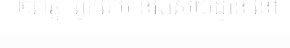
២៣ឆ្នាំ ពួកគេមានអាស័យដ្ឋាន នៅ